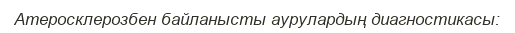
Атеросклерозбен байланысты аурулардың диагностикасы: